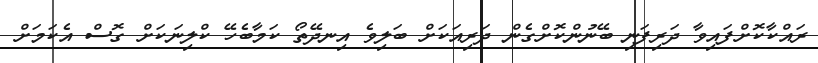
ރައްކާކޮށްފައިވާ ދަރިފަނި ބޭނުންކޮށްގެން ދަރިއަކަށް ބަލިވެ އިނދޭތޯ ކަމާބެހޭ ކްލިނަކަށް ގޮސް އެކަމަށް